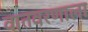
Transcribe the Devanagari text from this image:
वातवरणाला